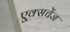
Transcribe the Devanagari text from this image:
ए्क्सचेंज